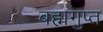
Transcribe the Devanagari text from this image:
बह्मगुप्त